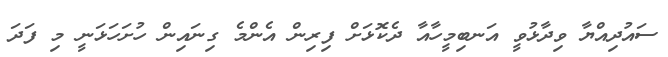
ސައުދިއްޔާ ވިދާޅުވީ އަނބިމީހާއާ ދެކޮޅަށް ފިރިން އެންމެ ގިނައިން ހުށަހަޅަނީ މި ފަދަ